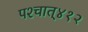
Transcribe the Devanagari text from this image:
पश्‍चात्‌४१२